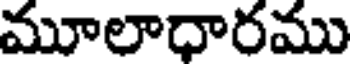
మూలాధారము